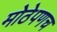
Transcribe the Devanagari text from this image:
मोठेपणच